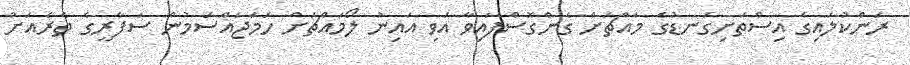
ރަންކުލައިގެ އިސްތަށިގަނޑުގެ މައްޗަށް ގެންގޮސްފައިވާ އަވި އައިނު ލޯމައްޗަށް ހަމަޖައްސަމުން ސަފާރީގެ ތެރެއަށް